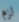
لزم